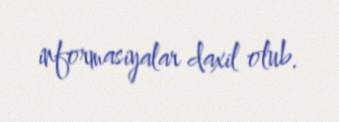
informasiyalar daxil olub.